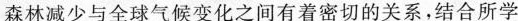
森林减少与全球气候变化之间有着密切的关系，结合所学